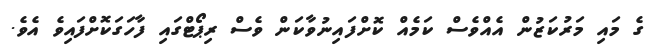
ގެ މައި މަރުކަޒުން އެއްވެސް ކަމެއް ކޮށްފައިނުވާކަން ވެސް ރިޕޯޓްގައި ފާހަގަކޮށްފައިވެ އެވެ.